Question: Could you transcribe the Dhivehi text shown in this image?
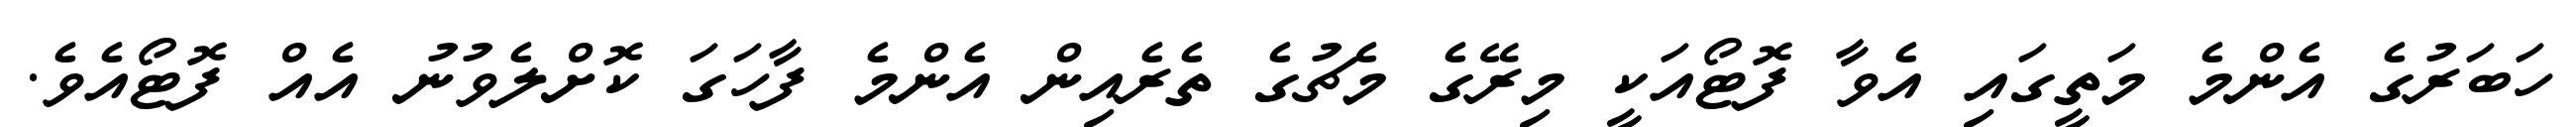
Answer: ހަބަރުގެ އެންމެ މަތީގައި އެވާ ފޮޓޯއަކީ މިރޭގެ މެޗުގެ ތެރެއިން އެންމެ ފާހަގަ ކޮށްލެވުނު އެއް ފޮޓޯއެވެ.